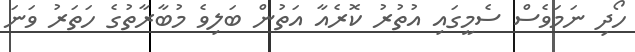
ހޯދި ނަމަވެސް ސެމީގައި އުތުރު ކޮރެއާ އަތުން ބަލިވެ މުބާރާތުގެ ހަތަރު ވަނަ